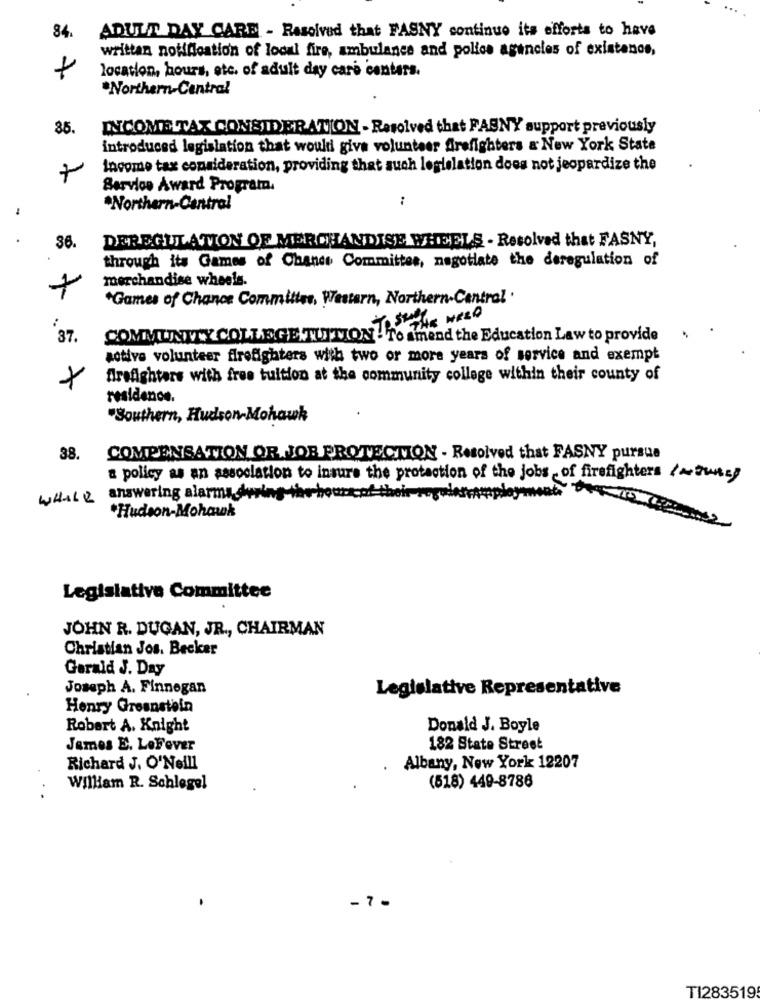
ADULT DAY CARE - Resolved that FASNY continue its efforts to have
84.
written notification of local fire, ambulance and police agencies of existenos,
+
location, hours, etc. of adult day care centers.
"Northern-Central
85.
INCOME TAX CONSIDERATION - Resolved that FABNY support previously
introduced legislation that wouldi give volunteer Arefighters & New York State
Income tax consideration, providing that such legislation does not jeopardize the
7
Service Award Programa.
:
*Northern-Central
DEREGULATION OF MERCHANDISE WHEELS - Resolved that FASNY,
36.
through its Games of Chance Committee, negotiate the deregulation of
merchandise wheels.
"Games of Chance Committee, Western, Northern-Cantral'
:
COMMUNITY COLLEGE TUITION THE
37.
. To amend the Education Law to provide
aotive volunteer firefighters with two or more years of service and exempt
firefighters with free tuition at the community college within their county of
residence.
"Southern, Hudson-Mohawk
38.
COMPENSATION OR. JOB PROTECTION - Resolved that FASNY pursue
a policy as an association to insure the protection of the jobs of firefighters /~twee}
of their
WHILE
answering alarma dyrin
*Hudson-Mohawk
Legislative Committee
JOHN R. DUGAN, JR ., CHAIRMAN
Christian Jos. Becker
Gerald J. Day
Joseph A. Finnegan
Legislative Representative
Henry Greenstein
Robert A. Knight
Donald J. Boyle
James E. LeFever
182 State Street
Richard J. O'Neill
Albany, New York 12207
(518) 449-8786
William R. Schlegel
- 7 -
TI283519